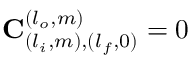
\mathbf { C } _ { ( l _ { i } , m ) , ( l _ { f } , 0 ) } ^ { ( l _ { o } , m ) } = 0